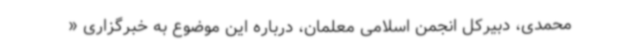
محمدی، دبیرکل انجمن اسلامی معلمان، درباره این موضوع به خبرگزاری «